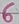
Text: 6